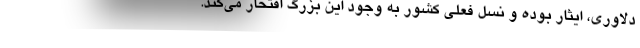
دلاوری، ایثار بوده و نسل فعلی کشور به وجود این بزرگ افتخار می‌کند.